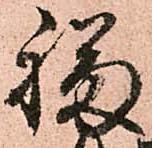
福